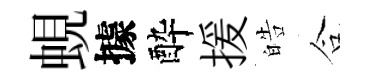
蜆據酔援皓合